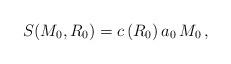
LaTeX: \begin{align*}S (M_0 , R_0) = c \, (R_0) \, a_0 \, M_0 \, , \end{align*}